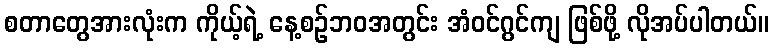
စတာတွေအားလုံးက ကိုယ့်ရဲ့ နေ့စဉ်ဘဝအတွင်း အံဝင်ဂွင်ကျ ဖြစ်ဖို့ လိုအပ်ပါတယ်။